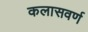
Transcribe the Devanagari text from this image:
कलासवर्ण